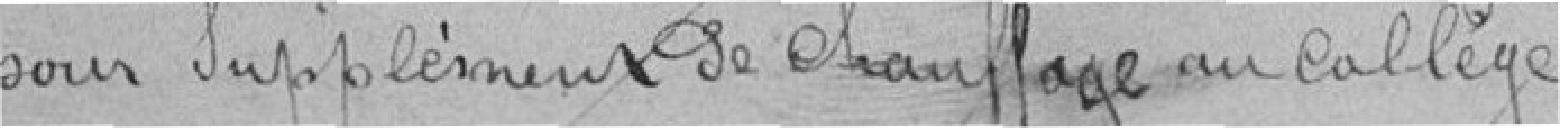
pour supplément de chauffage au collège